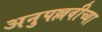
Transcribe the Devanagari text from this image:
अनुपल्लवीच्या